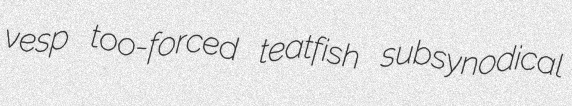
vesp too-forced teatfish subsynodical